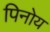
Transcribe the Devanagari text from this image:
पिनोय